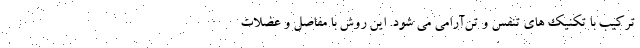
ترکیب با تکنیک های تنفس و تن‌آرامی می شود. این روش با مفاصل و عضلات